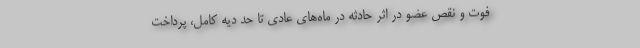
فوت و نقص عضو در اثر حادثه در ماه‌های عادی تا حد دیه کامل، پرداخت